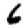
Digit: 6